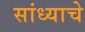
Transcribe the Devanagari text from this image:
सांध्याचे